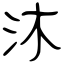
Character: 沐